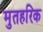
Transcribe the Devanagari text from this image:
मुतहरिक